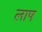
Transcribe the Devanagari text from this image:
लाष